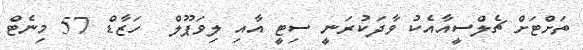
ތަށްޓަށް ޗެލްސީއާއެކު ވާދަކުރަނީ ސިޓީ އާއި ލިވަޕޫލް  ހަޒާޑް 57 މިނެޓް